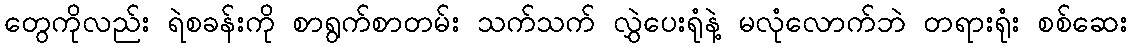
တွေကိုလည်း ရဲစခန်းကို စာရွက်စာတမ်း သက်သက် လွှဲပေးရုံနဲ့ မလုံလောက်ဘဲ တရားရုံး စစ်ဆေး